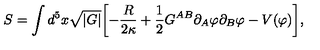
S = \int d ^ { 5 } x \sqrt { | G | } \biggl [ - \frac { R } { 2 \kappa } + \frac { 1 } { 2 } G ^ { A B } \partial _ { A } \varphi \partial _ { B } \varphi - V ( \varphi ) \biggr ] ,